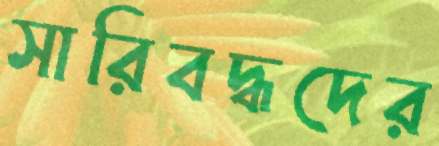
সারিবদ্ধদের